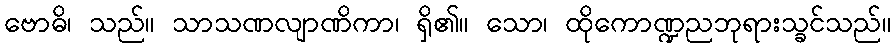
ဗောဓိ၊ သည်။ သာသဏလျာဏိကာ၊ ရှိ၏။ သော၊ ထိုကောဏ္ဍညဘုရားသ္ခင်သည်။